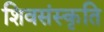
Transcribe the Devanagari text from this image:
शिवसंस्कृति